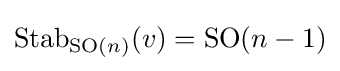
{\text{Stab}}_{{\text{SO}}(n)}(v)={\text{SO}}(n-1)